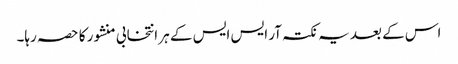
اس کے بعد یہ نکتہ آر ایس ایس کے ہر انتخابی منشور کا حصہ رہا۔